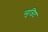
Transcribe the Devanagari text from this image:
प्यूजिट